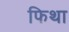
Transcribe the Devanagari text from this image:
फिथा